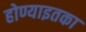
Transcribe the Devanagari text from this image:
होण्याइतका